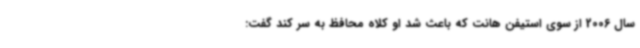
سال 2006 از سوی استیفن هانت که باعث شد او کلاه محافظ به سر کند گفت: